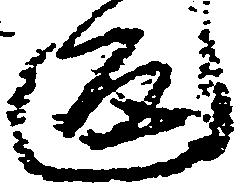
返